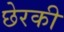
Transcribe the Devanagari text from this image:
छेरकी